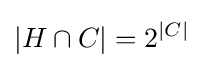
|H\cap C|=2^{|C|}